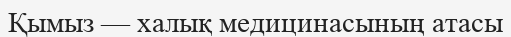
Қымыз — халық медицинасының атасы